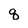
Character: q